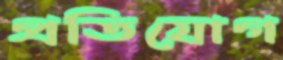
প্রতিযোগ